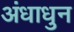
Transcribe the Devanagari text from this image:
अंधाधुन